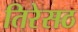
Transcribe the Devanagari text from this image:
तिरेसठ